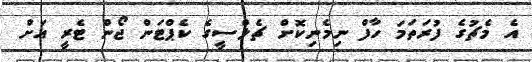
އެ މެޗުގެ ފުރަތަމަ ހާފް ނިމެނިކޮށް ޗެލްސީގެ ކެޕްޓަން ޖޯން ޓެރީ އަށް